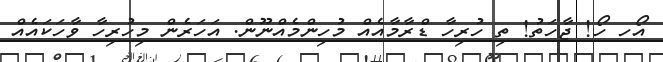
އޯހ ހޯ! ޖާހަތު! ތި ހުރިހާ ޑްރާމާއެއް މުހިންމެއްނޫން. އަހަރެން މިހުރިހާ ވާހަކައެއް